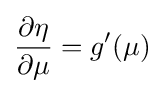
{\frac {\partial \eta }{\partial \mu }}=g'(\mu )